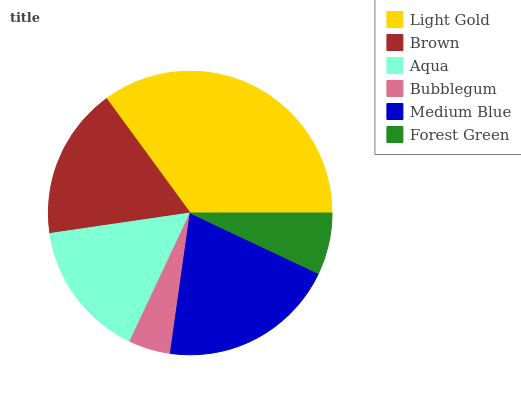
| Light Gold | Brown | Aqua | Bubblegum | Medium Blue | Forest Green |
 | --- | --- | --- | --- | --- | --- |
 | 35.1% | 17.2% | 15.7% | 4.76% | 20.2% | 7.03% |